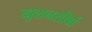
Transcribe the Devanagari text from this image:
खुशनसीबों